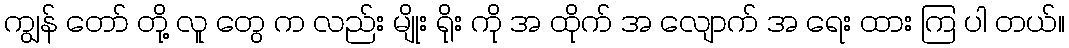
ကျွန် တော် တို့ လူ တွေ က လည်း မျိုး ရိုး ကို အ ထိုက် အ လျောက် အ ရေး ထား ကြ ပါ တယ်။